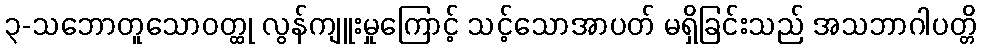
၃-သဘောတူသောဝတ္ထု လွန်ကျူးမှုကြောင့် သင့်သောအာပတ် မရှိခြင်းသည် အသဘာဂါပတ္တိ